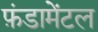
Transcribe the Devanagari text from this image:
फ़ंडामेंटल